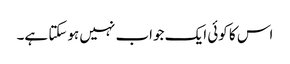
اس کا کوئی ایک جواب نہیں ہوسکتا ہے۔